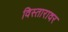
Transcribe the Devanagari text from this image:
विस्तारावर